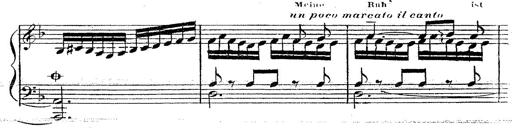
Title: 12 Lieder von Franz Schubert
Composer: Franz Liszt